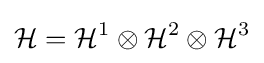
{\mathcal {H}}={\mathcal {H}}^{1}\otimes {\mathcal {H}}^{2}\otimes {\mathcal {H}}^{3}